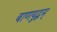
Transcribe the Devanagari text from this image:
बाणयुद्धम्